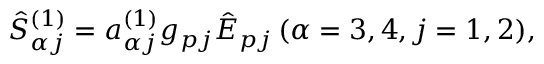
\begin{array} { r } { \hat { S } _ { \alpha j } ^ { ( 1 ) } = a _ { \alpha j } ^ { ( 1 ) } g _ { p j } \hat { E } _ { p j } \, ( \alpha = 3 , 4 , j = 1 , 2 ) , } \end{array}